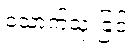
သောက်သုံးခြင်း